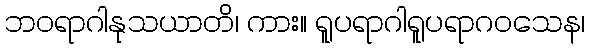
ဘဝရာဂါနုသယာတိ၊ ကား။ ရူပရာဂါရူပရာဂဝသေန၊